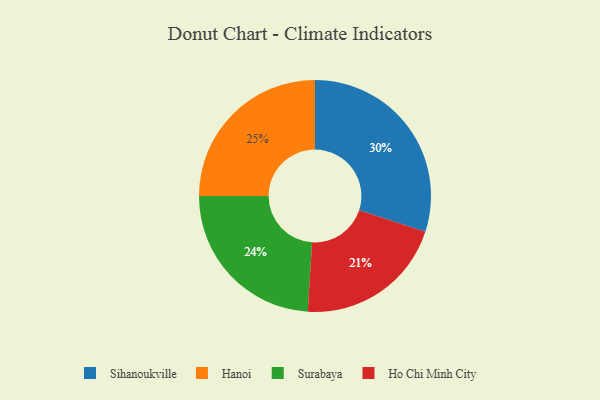
{"axis": {"x": "Category", "y": "Percentage"}, "legend": ["Hanoi", "Ho Chi Minh City", "Sihanoukville", "Surabaya"], "data": [{"x": "Sihanoukville", "y": 30, "type": "Sihanoukville"}, {"x": "Ho Chi Minh City", "y": 21, "type": "Ho Chi Minh City"}, {"x": "Hanoi", "y": 25, "type": "Hanoi"}, {"x": "Surabaya", "y": 24, "type": "Surabaya"}]}